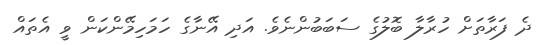
ދެ ފަރާތަށް ހުރާލާ ބޮލުގެ ސަބަބުންނެވެ. އަދި އޭނާގެ ހަމަހިމޭންކަން ވީ އެތައް